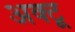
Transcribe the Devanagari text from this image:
अक्टू